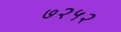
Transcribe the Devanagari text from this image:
७२५२